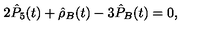
2 \hat { P } _ { 5 } ( t ) + \hat { \rho } _ { B } ( t ) - 3 \hat { P } _ { B } ( t ) = 0 ,